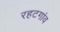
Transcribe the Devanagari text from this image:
रहटगांव